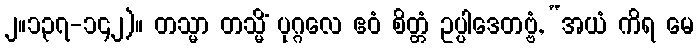
၂။၁၃၇-၁၄၂)။ တသ္မာ တသ္မိံ ပုဂ္ဂလေ ဧဝံ စိတ္တံ ဥပ္ပါဒေတဗ္ဗံ, “အယံ ကိရ မေ